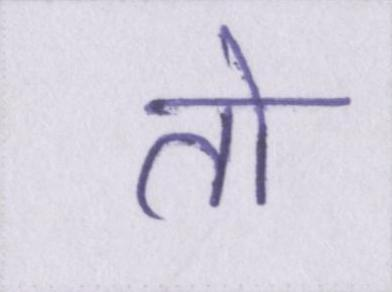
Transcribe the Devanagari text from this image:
तो